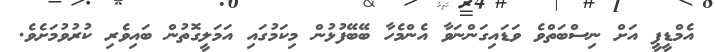
އެމްޑީޕީ އަށް ނިސްބަތްވެ ވަޑައިގަންނަވާ އެންމެހާ ބޭބޭފުޅުން މިކަމުގައި އަމަލީގޮތުން ބައިވެރި ކުރުވުމަށެވެ.